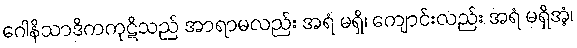
ဂေါနိသာဒိကကုဋိသည် အာရာမလည်း အရံ မရှိ၊ ကျောင်းလည်း အရံ မရှိအံ့၊